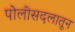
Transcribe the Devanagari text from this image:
पोलीसदलातून